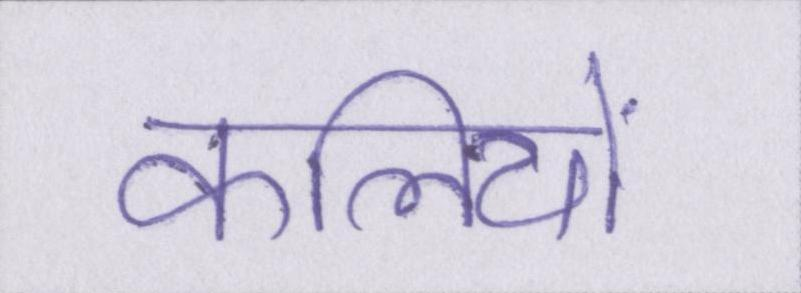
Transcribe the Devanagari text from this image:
कलियों